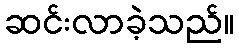
ဆင်းလာခဲ့သည်။